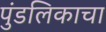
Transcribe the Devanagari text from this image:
पुंडलिकाचा